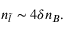
n _ { \tilde { l } } \sim 4 \delta n _ { B } .